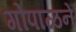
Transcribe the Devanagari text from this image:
गोपाळने